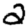
Digit: 2